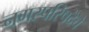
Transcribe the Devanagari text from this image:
नगरपरिषदेचे